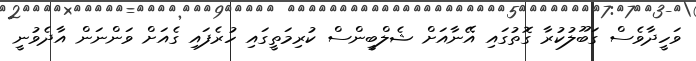
ވަހީދާވެސް ގަބޫލުކުރާ ގޮތުގައި އޭނާއަށް ޝެލްބީންސް ކުރިމަތީގައި ހުރެފައި ގެއަށް ވަންނަން އާދެވުނީ